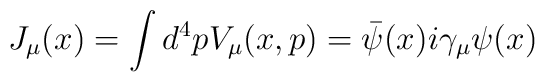
J_\mu(x) = \int d^4p V_\mu(x,p) = {\bar \psi}(x)i\gamma_\mu \psi(x)